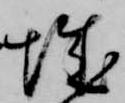
城